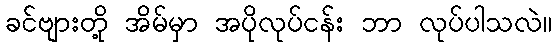
ခင်ဗျားတို့ အိမ်မှာ အပိုလုပ်ငန်း ဘာ လုပ်ပါသလဲ။